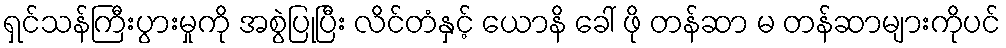
ရှင်သန်ကြီးပွားမှုကို အစွဲပြုပြီး လိင်တံနှင့် ယောနိ ခေါ် ဖို တန်ဆာ မ တန်ဆာများကိုပင်